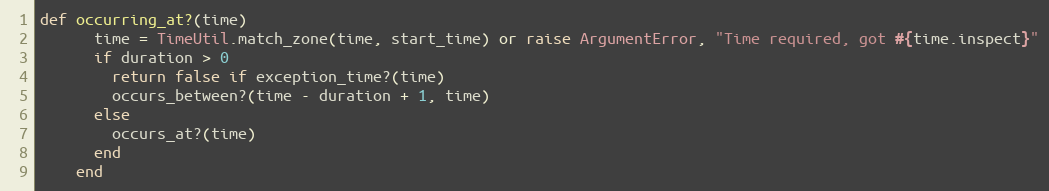
Language: Ruby
def occurring_at?(time)
      time = TimeUtil.match_zone(time, start_time) or raise ArgumentError, "Time required, got #{time.inspect}"
      if duration > 0
        return false if exception_time?(time)
        occurs_between?(time - duration + 1, time)
      else
        occurs_at?(time)
      end
    end